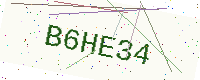
Text: B6HE34